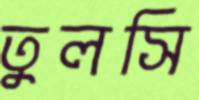
তুলসি